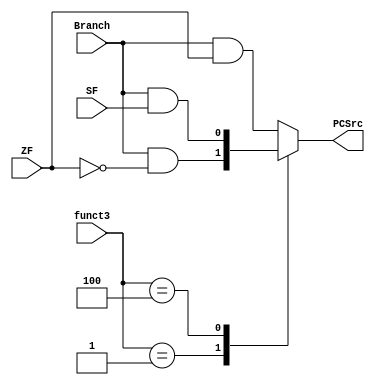
module PCSrc(input[2:0]funct3,
input ZF,SF,Branch,
output reg PCSrc);
always@(*)begin
case(funct3)
3'b000:PCSrc=Branch&ZF;
3'b001:PCSrc=Branch&(~ZF);
3'b100:PCSrc=Branch&SF;
default:PCSrc=Branch&ZF;
endcase
end
endmodule